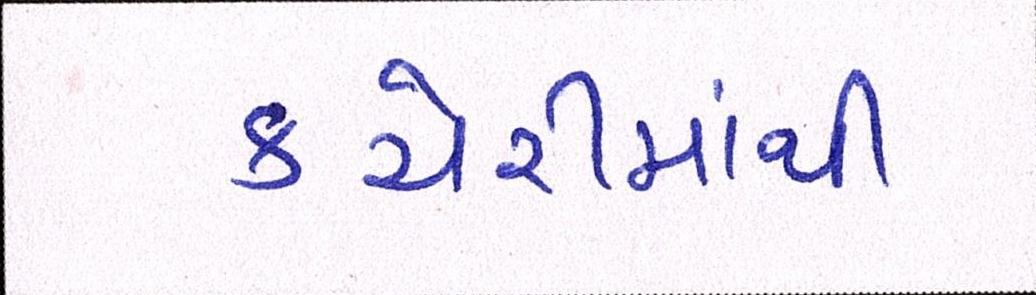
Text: કચેરીમાંથી